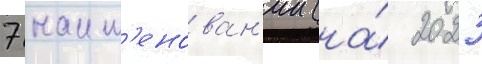
7 наим'енован'ии (на́ 2023